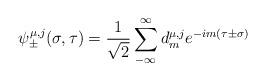
LaTeX: \begin{align*}\psi_{\pm}^{\mu,j}(\sigma ,\tau) = \frac{1}{\sqrt 2}\sum_{-\infty}^{\infty} d_m^{\mu,j} e^{-im(\tau\pm\sigma)}\end{align*}